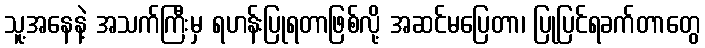
သူ့အနေနဲ့ အသက်ကြီးမှ ရဟန်းပြုရတာဖြစ်လို့ အဆင်မပြေတာ၊ ပြုပြင်ရခက်တာတွေ